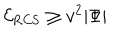
{ \cal E } _ { \mathrm { R C S } } \geq v ^ { 2 } | \Phi |